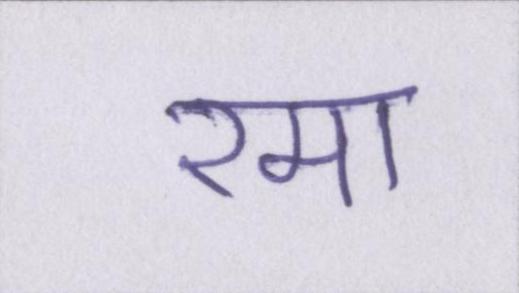
रमा